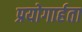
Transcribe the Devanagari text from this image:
प्रयोगार्हता